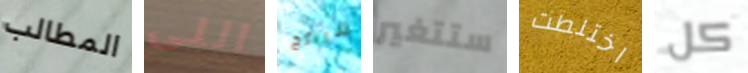
المطالب اللى شرائح ستتغير اختلطت كل